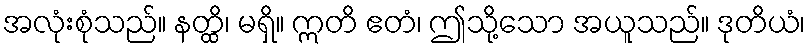
အလုံးစုံသည်။ နတ္ထိ၊ မရှိ။ ဣတိ ဧတံ၊ ဤသို့သော အယူသည်။ ဒုတိယံ၊